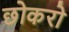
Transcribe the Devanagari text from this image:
छोकरो